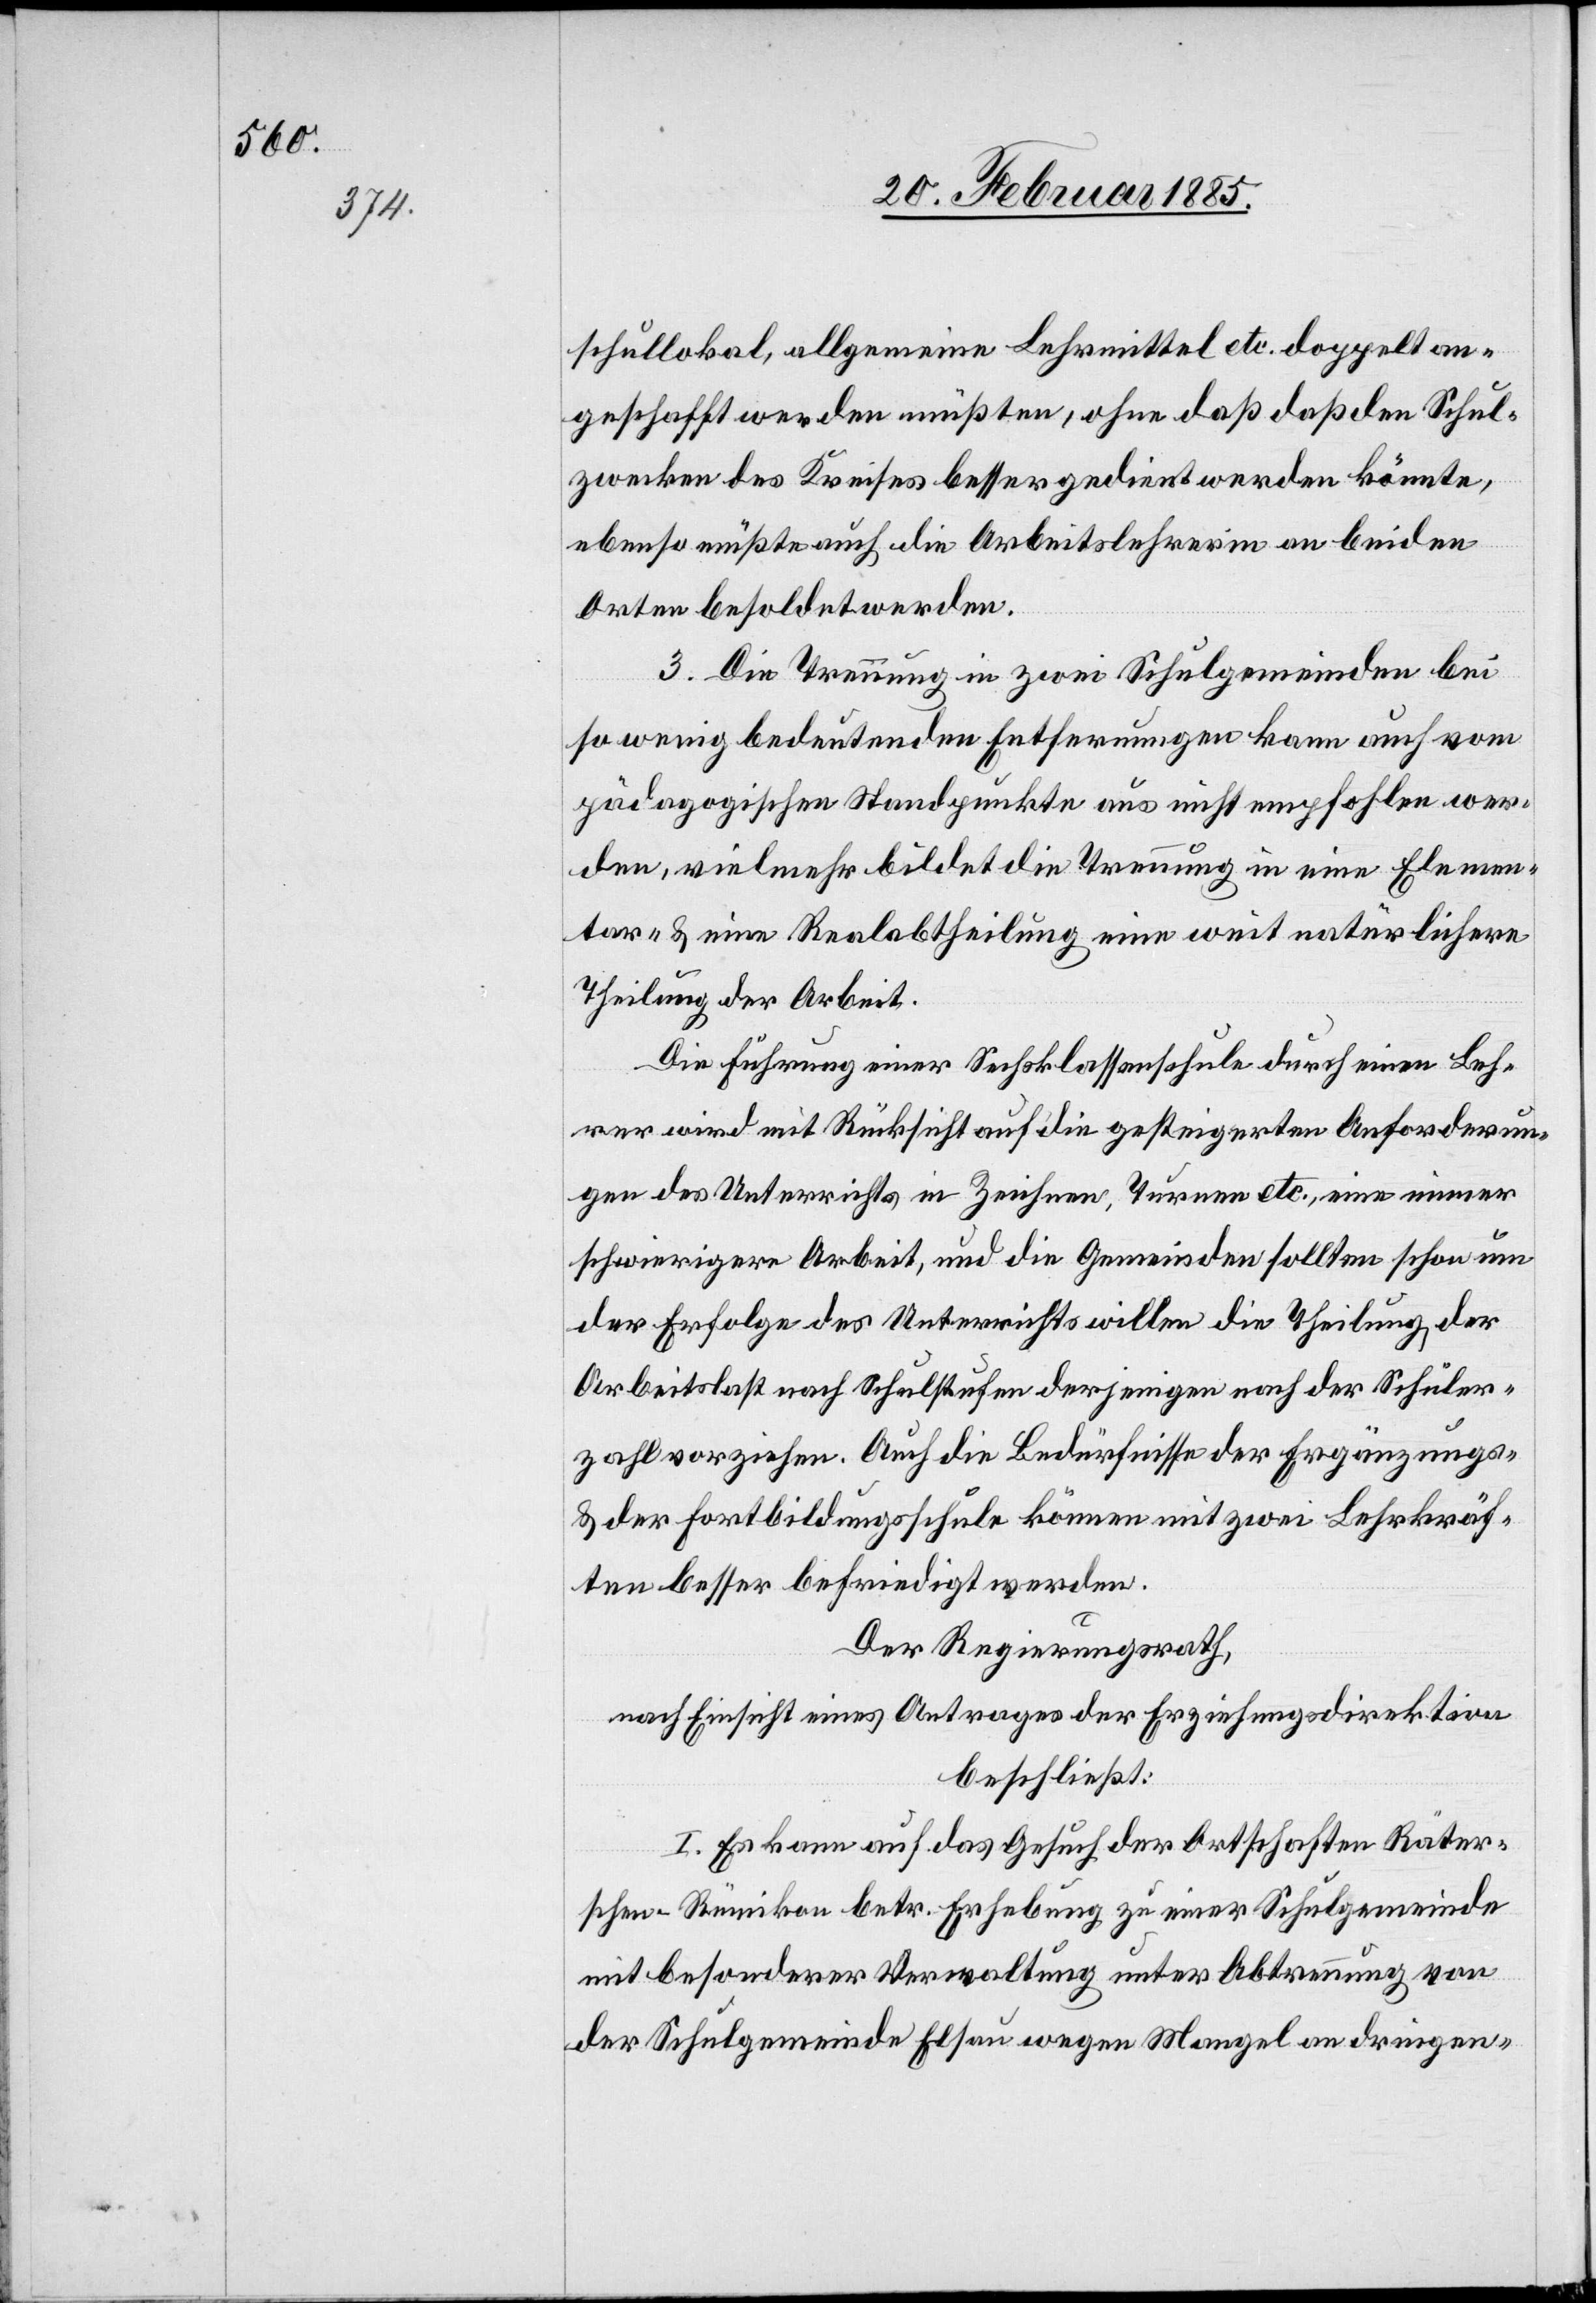
schullokal, allgemeine Lehrmittel etc. doppelt an¬
geschafft werden müßten, ohne daß daß [sic!] den Schul¬
zwecken des Kreises besser gedient werden könnte,
ebenso müßte auch die Arbeitslehrerin an beiden
Orten besoldet werden.
3. Die Trennung in zwei Schulgemeinden bei
so wenig bedeutenden Entfernungen kann auch vom
pädagogischen Standpunkte aus nicht empfohlen wer¬
den, vielmehr bildet die Trennung in eine Elemen¬
tar- & eine Realabtheilung eine weit natürlichere
Theilung der Arbeit.
Die Führung einer Sechsklassenschule durch einen Leh¬
rer wird mit Rücksicht auf die gesteigerten Anforderun¬
gen des Unterrichts in Zeichnen, Turnen etc., eine immer
schwierigere Arbeit, und die Gemeinden sollten schon um
der Erfolge des Unterrichts willen die Theilung der
Arbeitslast nach Schulstufen derjenigen nach der Schüler¬
zahl vorziehen. Auch die Bedürfnisse der Ergänzungs-
& der Fortbildungsschule können mit zwei Lehrkräf¬
ten besser befriedigt werden.
Der Regierungsrath,
nach Einsicht eines Antrages der Erziehungsdirektion
beschließt:
I. Es kann auf das Gesuch der Ortschaften Räter¬
schen-Rümikon betr. Erhebung zu einer Schulgemeinde
mit besonderer Verwaltung unter Abtrennung von
der Schulgemeinde Elsau wegen Mangel an dringen-